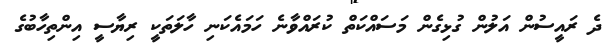
ދެ ރައީސުން އަލުން ގުޅިގެން މަސައްކަތް ކުރައްވާނެ ހަމައެކަނި ހާލަތަކީ ރިޔާސީ އިންތިހާބުގެ